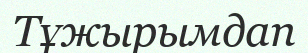
Тұжырымдап